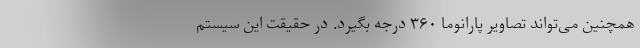
همچنین می‌تواند تصاویر پارانوما ۳۶۰ درجه بگیرد. در حقیقت این سیستم